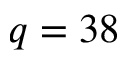
q = 3 8